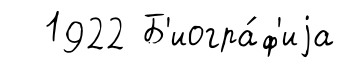
1922 Б'иогра́ф'иjа